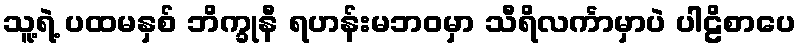
သူ့ရဲ့ ပထမနှစ် ဘိက္ခုနီ ရဟန်းမဘဝမှာ သီရိလင်္ကာမှာပဲ ပါဠိစာပေ